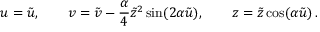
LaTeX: u = \tilde { u } , \qquad v = \tilde { v } - \frac { \alpha } { 4 } \tilde { z } ^ { 2 } \sin ( 2 \alpha \tilde { u } ) , \qquad z = \tilde { z } \cos ( \alpha \tilde { u } ) \, .